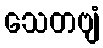
သေတဗျံ